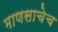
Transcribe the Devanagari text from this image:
माणसाचेच